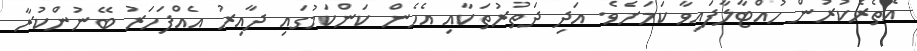
އެތެރެކުރުން ހުއްޓާލާފައިވާ ކަމަށެވެ. އަދި ދަތުރުތަކާއި އެހެން ކަންކަމުގައި ދާއިރު އެއްފަހަރު ބޭނުންކުރާ